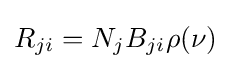
R_{ji}=N_{j}B_{ji}\rho (\nu )\!